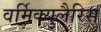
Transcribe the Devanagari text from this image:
वर्मिक्युलैरिस